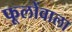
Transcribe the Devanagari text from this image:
फूलोंवाला